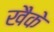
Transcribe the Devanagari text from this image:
खैके